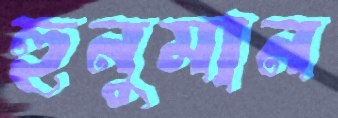
হুনুমান